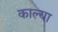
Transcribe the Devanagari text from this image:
काल्या